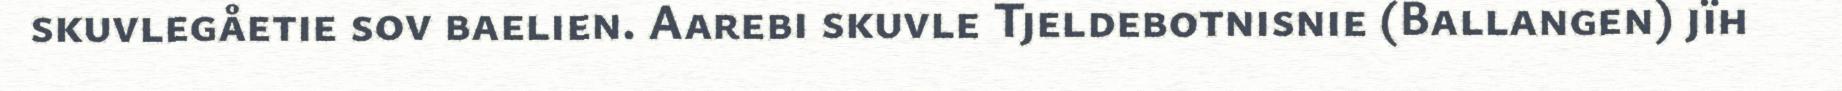
skuvlegåetie sov baelien. Aarebi skuvle Tjeldebotnisnie (Ballangen) jïh